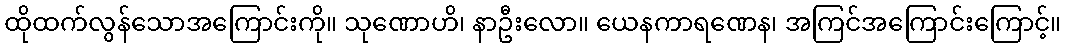
ထိုထက်လွန်သောအကြောင်းကို။ သုဏောဟိ၊ နာဦးလော။ ယေနကာရဏေန၊ အကြင်အကြောင်းကြောင့်။